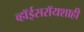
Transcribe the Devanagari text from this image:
व्हॉईसरॉयशाही